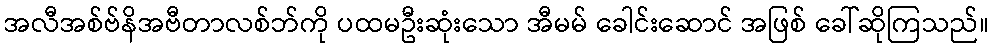
အလီအစ်ဗ်နိအဗီတာလစ်ဘ်ကို ပထမဦးဆုံးသော အီမမ် ခေါင်းဆောင် အဖြစ် ခေါ်ဆိုကြသည်။